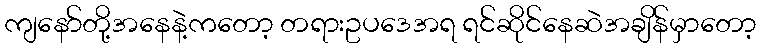
ကျနော်တို့အနေနဲ့ကတော့ တရားဥပဒေအရ ရင်ဆိုင်နေဆဲအချိန်မှာတော့